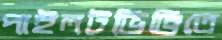
পাইলটভিত্তিতে